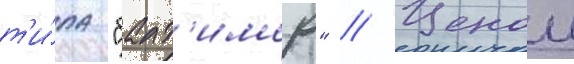
т'и́па "балт'имор" // Ценои